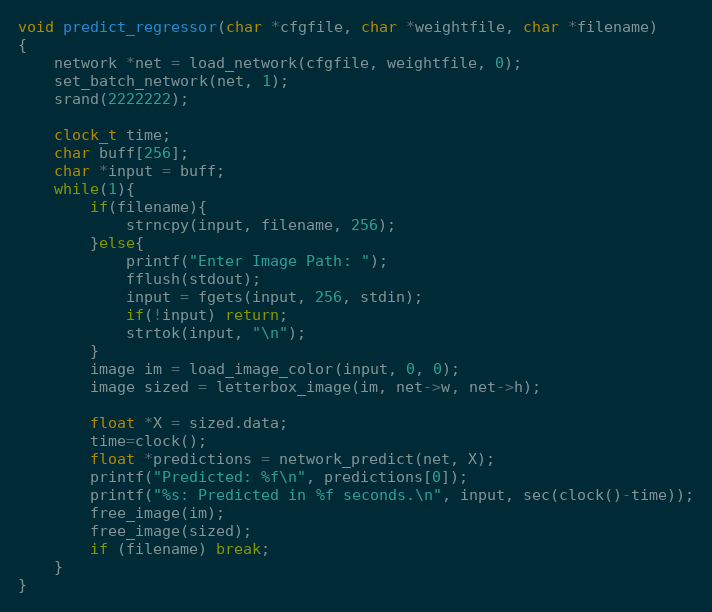
Language: C
void predict_regressor(char *cfgfile, char *weightfile, char *filename)
{
    network *net = load_network(cfgfile, weightfile, 0);
    set_batch_network(net, 1);
    srand(2222222);

    clock_t time;
    char buff[256];
    char *input = buff;
    while(1){
        if(filename){
            strncpy(input, filename, 256);
        }else{
            printf("Enter Image Path: ");
            fflush(stdout);
            input = fgets(input, 256, stdin);
            if(!input) return;
            strtok(input, "\n");
        }
        image im = load_image_color(input, 0, 0);
        image sized = letterbox_image(im, net->w, net->h);

        float *X = sized.data;
        time=clock();
        float *predictions = network_predict(net, X);
        printf("Predicted: %f\n", predictions[0]);
        printf("%s: Predicted in %f seconds.\n", input, sec(clock()-time));
        free_image(im);
        free_image(sized);
        if (filename) break;
    }
}